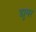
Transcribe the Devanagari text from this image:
ड्यूमर